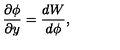
\frac { \partial \phi } { \partial y } = \frac { d W } { d \phi } ,